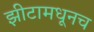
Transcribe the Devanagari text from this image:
झीटामधूनच